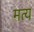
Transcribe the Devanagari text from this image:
मत्य